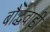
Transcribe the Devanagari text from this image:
बौद्धवाडी